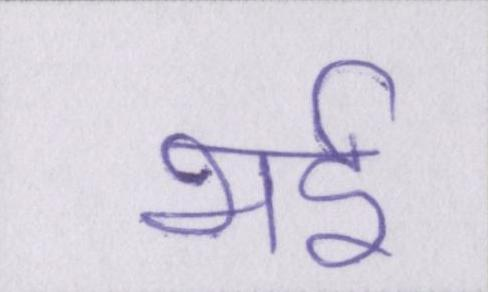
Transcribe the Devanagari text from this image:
भई